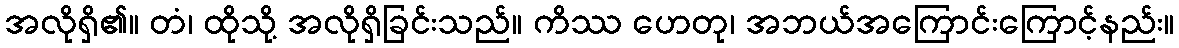
အလိုရှိ၏။ တံ၊ ထိုသို့ အလိုရှိခြင်းသည်။ ကိဿ ဟေတု၊ အဘယ်အကြောင်းကြောင့်နည်း။